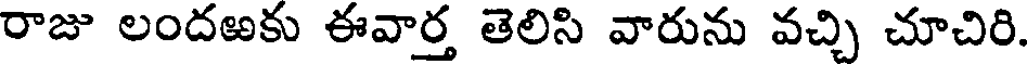
రాజు లందఱకు ఈవార్త తెలిసి వారును వచ్చి చూచిరి